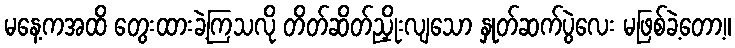
မနေ့ကအထိ တွေးထားခဲ့ကြသလို တိတ်ဆိတ်ညှိုးလျသော နှုတ်ဆက်ပွဲလေး မဖြစ်ခဲ့တော့။